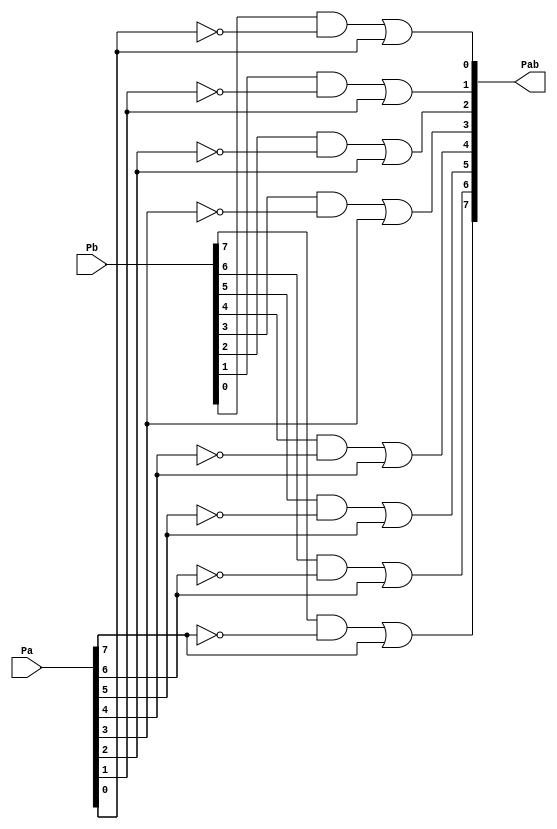
// function
// P_ab = P_a + (1 - P_a) * P_b = P_a + P_a' * P_b = P_a OR ((NOT P_a) AND P_b)
//
// probabilities
// P_a = 0.9
// P_b = 0.9
//P_ab = 0.9 + (1 - 0.9) * 0.8 = 0.98

module reliability_circuit(Pa, Pb, Pab);
	input [0:7] Pa, Pb;
	output [0:7] Pab;
	wire [0:7] Ra;
	wire [0:7] Rb;

	// NOT gates
	not n0(Ra[0],Pa[0]);
	not n1(Ra[1],Pa[1]);
	not n2(Ra[2],Pa[2]);
	not n3(Ra[3],Pa[3]);
	not n4(Ra[4],Pa[4]);
	not n5(Ra[5],Pa[5]);
	not n6(Ra[6],Pa[6]);
	not n7(Ra[7],Pa[7]);

	// AND Gates
	and a0(Rb[0],Pb[0],Ra[0]);
	and a1(Rb[1],Pb[1],Ra[1]);
	and a2(Rb[2],Pb[2],Ra[2]);
	and a3(Rb[3],Pb[3],Ra[3]);
	and a4(Rb[4],Pb[4],Ra[4]);
	and a5(Rb[5],Pb[5],Ra[5]);
	and a6(Rb[6],Pb[6],Ra[6]);
	and a7(Rb[7],Pb[7],Ra[7]);

	// OR Gates
	or o0(Pab[0],Rb[0],Pa[0]);
	or o1(Pab[1],Rb[1],Pa[1]);
	or o2(Pab[2],Rb[2],Pa[2]);
	or o3(Pab[3],Rb[3],Pa[3]);
	or o4(Pab[4],Rb[4],Pa[4]);
	or o5(Pab[5],Rb[5],Pa[5]);
	or o6(Pab[6],Rb[6],Pa[6]);
	or o7(Pab[7],Rb[7],Pa[7]);

endmodule